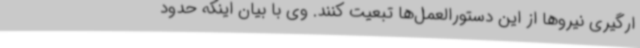
ارگیری نیروها از این دستورالعمل‌ها تبعیت کنند. وی با بیان اینکه حدود